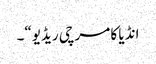
انڈیا کا مرچی ریڈیو“۔